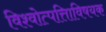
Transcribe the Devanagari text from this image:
विश्वोत्पत्तिाविषयक